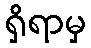
ရှိရာမှ